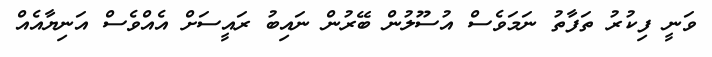
ވަނީ ފިކުރު ތަފާތު ނަމަވެސް އުސޫލުން ބޭރުން ނައިބު ރައީސަށް އެއްވެސް އަނިޔާއެއް